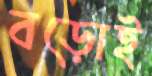
বড়োই